Code of medical and sanitary regulations for the guidance of medical officers serving in the Madras Presidency - Volume I
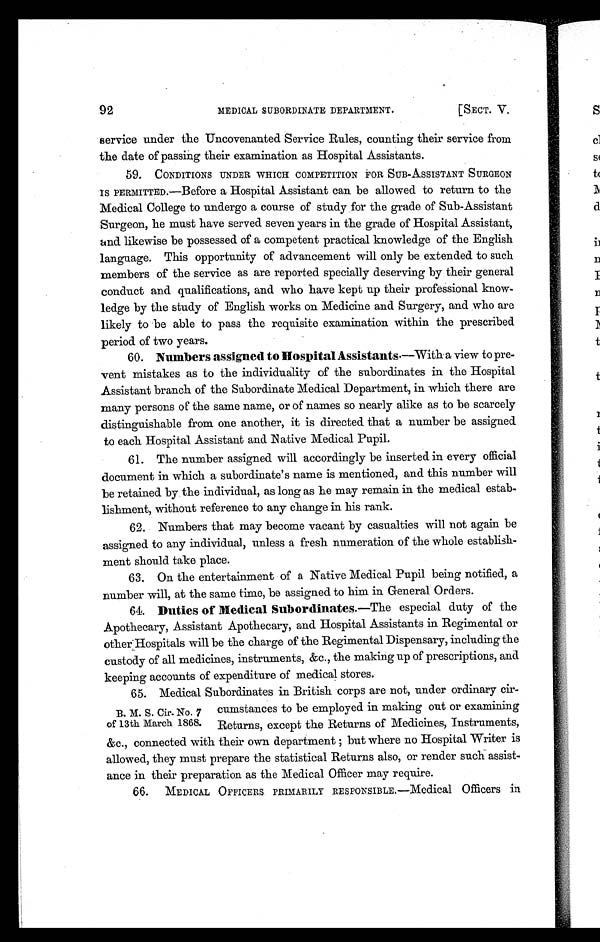
MEDICAL SUBORDINATE DEPARTMENT.
[SECT. V.
92
service under the Uncovenanted Service Rules, counting their service from
the date of passing their examination as Hospital Assistants.
59.
CONDITIONS UNDER WHICH COMPETITION FOR SUB-ASSISTANT SURGEON
IS PERMITTED.—Before a Hospital Assistant can be allowed to return to the
Medical College to undergo a course of study for the grade of Sub-Assistant
Surgeon, he must have served seven years in the grade of Hospital Assistant,
and likewise be possessed of a competent practical kn owledge of the English
language. This opportunity of advancement will only be extended to such
members of the service as are reported specially deserving by their general
conduct and qualifications, and who have kept up their professional know-
ledge by the study of English works on Medicine and Surgery, and who are
likely to be able to pass the requisite examination within the prescribed
period of two years.
60. Numbers assigned to Hospital Assistants.—With a view to pre-
vent mistakes as to the individuality of the subordinates in the Hospital
Assistant branch of the Subordinate Medical Department, in which there are
many persons of the same name, or of names so nearly alike as to be scarcely
distinguishable from one another, it is directed that a number be assigned
to each Hospital Assistant and Native Medical Pupil.
61. The number assigned will accordingly be inserted in every official
document in which a subordinate's name is mentioned, and this number will
be retained by the individual, as long as he may remain in the medical estab-
lishment, without reference to any change in his rank.
62. Numbers that may become vacant by casualties will not again be
assigned to any individual, unless a fresh numeration of the whole establish-
ment should take place.
63. On the entertainment of a Native Medical Pupil being notified, a
number will, at the same time, be assigned to him in General Orders.
64. Duties of Medical Subordinates.—The especial duty of the
Apothecary, Assistant Apothecary, and Hospital Assistants in Regimental or
other Hospitals will be the charge of the Regimental Dispensary, including the
custody of all medicines, instruments, &c., the making up of prescriptions, and
keeping accounts of expenditure of medical stores.
65. Medical Subordinates in British corps are not, under ordinary cir-
B. M. S. Cir. No. 7 cumstances to be employed in making out or examining
of 13th March 1868. Returns, except the Returns of Medicines, Instruments,
&c., connected with their own department but where no Hospital Writer is
allowed, they must prepare the statistical Returns also, or render such assist-
ance in their preparation as the Medical Officer may require.
66.
MEDICAL OFFICERS PRIMARILY RESPONSIBLE.—Medical Officers in